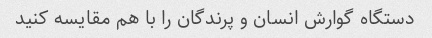
دستگاه گوارش انسان و پرندگان را با هم مقایسه کنید